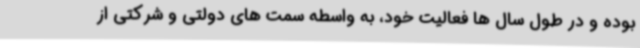
بوده و در طول سال ها فعالیت خود، به واسطه سمت های دولتی و شرکتی از